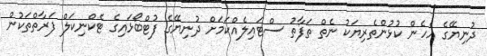
ދުނިޔޭގެ އެހެން ކުޅުންތެރިޔަކު ނެތް ތަފާތު ސްޓައިލެއްކަމަށް ދުނިޔޭގެ ފުޓްބޯޅައިގެ ޓެކްނިކަލް ފަރާތްތަކުން